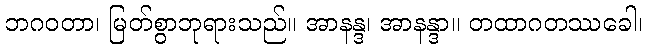
ဘဂဝတာ၊ မြတ်စွာဘုရားသည်။ အာနန္ဒ၊ အာနန္ဒာ။ တထာဂတဿခေါ၊